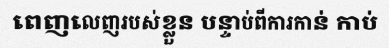
ពេញលេញរបស់ខ្លួន បន្ទាប់ពីការកាន់ កាប់